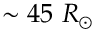
\sim 4 5 ~ R _ { \odot }